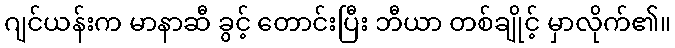
ဂျင်ယန်းက မာနာဆီ ခွင့် တောင်းပြီး ဘီယာ တစ်ချိုင့် မှာလိုက်၏။